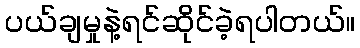
ပယ်ချမှုနဲ့ရင်ဆိုင်ခဲ့ရပါတယ်။